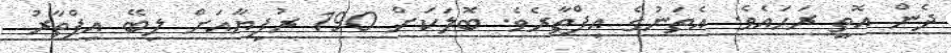
ދެން އޮތީ ރަހައެވެ. އެތަނުގެ އިފްތާރެވެ. ބޮލަކަށް 190 ރުފިޔާއަށް ލިބޭ އިފްތާރު